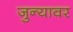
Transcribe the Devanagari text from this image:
जुन्यावर